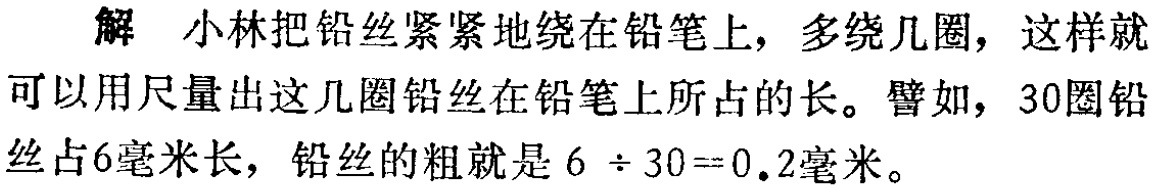
解 小林把铅丝紧紧地绕在铅笔上，多绕几圈，这样就可以用尺量出这几圈铅丝在铅笔上所占的长。譬如，30圈铅丝占6毫米长，铅丝的粗就是\(6\div30 = 0.2\)毫米。